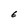
Character: E